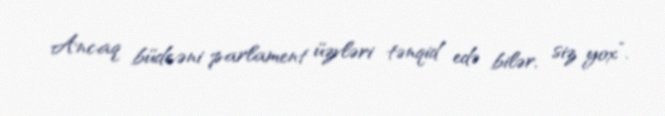
Ancaq büdcəni parlament üzvləri tənqid edə bilər, siz yox”.